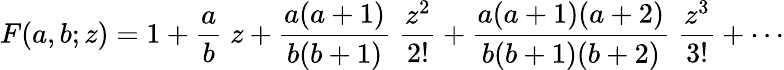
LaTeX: F(a,b;z)=1+{\frac{a}{b}}\; z+{\frac{a(a+1)}{b(b+1)}}\; {\frac{z^{2}}{2!}}+{\frac{a(a+1)(a+2)}{b(b+1)(b+2)}}\; {\frac{z^{3}}{3!}}+\cdots